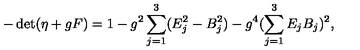
- \det ( \eta + g F ) = 1 - g ^ { 2 } \sum _ { j = 1 } ^ { 3 } ( E _ { j } ^ { 2 } - B _ { j } ^ { 2 } ) - g ^ { 4 } ( \sum _ { j = 1 } ^ { 3 } E _ { j } B _ { j } ) ^ { 2 } ,